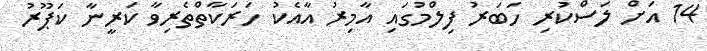
14 އަށް ލަސްކުރި ހަބަރު ފިލްމުގައި އާމިރު އާއެކު ހަރަކާތްތެރިވާ ކަރީނާ ކަޕޫރު